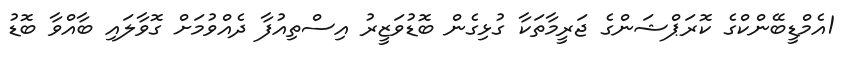
1އެމްޑީބޭންކްގެ ކޮރަޕްޝަންގެ ޖަރީމާތަކާ ގުޅިގެން ބޮޑުވަޒީރު އިސްތިއުފާ ދެއްވުމަށް ގޮވާލައި ބާއްވާ ބޮޑު